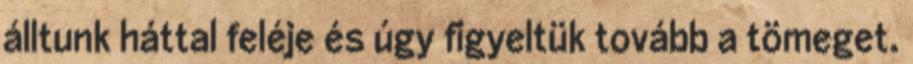
álltunk háttal feléje és úgy figyeltük tovább a tömeget.